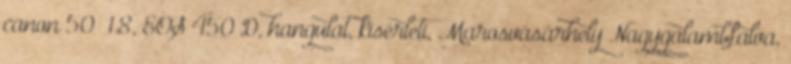
canon 50 1.8, EOS 450 D, hangulat, kísérleti, Marosvásárhely Nagygalambfalva,